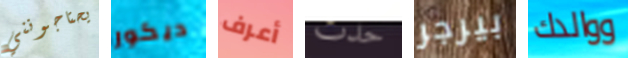
يحتاجونني ديكور أعرف حدث بيرجر ووالدك